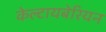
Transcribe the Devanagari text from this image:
केल्टायबेरियन